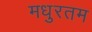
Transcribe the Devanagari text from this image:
मधुरतम